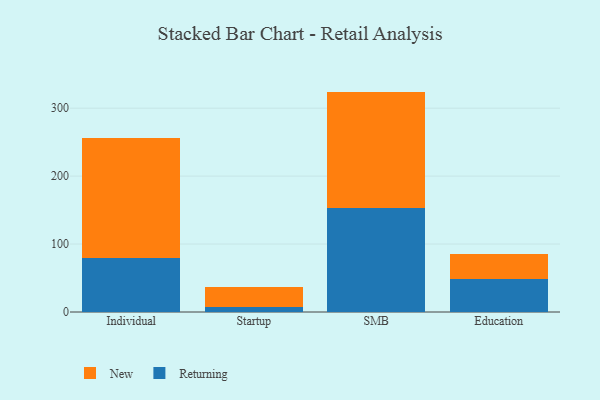
{"axis": {"x": "Segment", "y": "Gross Profit (USD K)"}, "legend": ["New", "Returning"], "data": [{"x": "Individual", "y": 80.1, "type": "Returning"}, {"x": "Individual", "y": 175.3, "type": "New"}, {"x": "Startup", "y": 6.8, "type": "Returning"}, {"x": "Startup", "y": 30.7, "type": "New"}, {"x": "SMB", "y": 153.6, "type": "Returning"}, {"x": "SMB", "y": 170.8, "type": "New"}, {"x": "Education", "y": 48.1, "type": "Returning"}, {"x": "Education", "y": 36.7, "type": "New"}]}